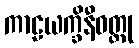
ကာဠယက္ခိနီဝတ္ထု